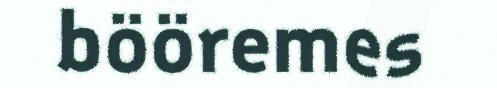
bööremes